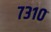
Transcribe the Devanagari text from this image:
७३१०